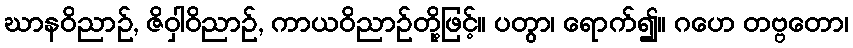
ဃာနဝိညာဉ်, ဇိဝှါဝိညာဉ်, ကာယဝိညာဉ်တို့ဖြင့်။ ပတွာ၊ ရောက်၍။ ဂဟေ တဗ္ဗတော၊